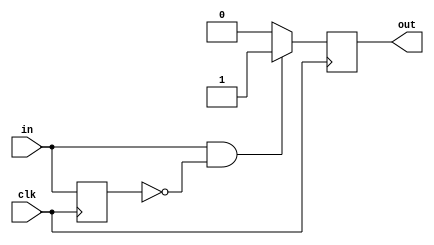
// converts an input signal into a 1 clock cycle pulse for each positive edge
module monostable(clk, in, out);
    input clk;
    input in;
    output reg out;
    
    reg prev;
    
    initial begin
        out = 0;
        prev = 0;
    end
    
    always @(posedge clk) begin
        if (in == 1 && prev == 0) begin
            out <= 1;
        end else begin
            out <= 0;
        end
        prev <= in;
    end    
    
endmodule